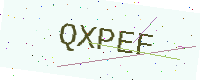
Text: QXPEF